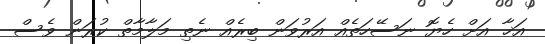
އަޚާ އަށް ހެޔޮ ނަސޭހަތެއް އަރުވަން ބިރެއް ނެތި މަލާމާތް ކުރަން ވެސް